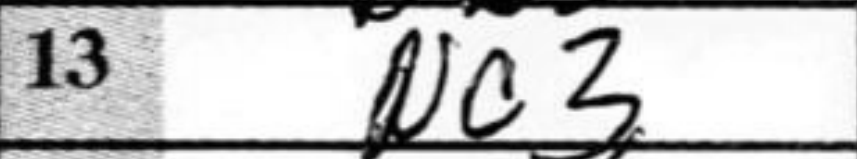
Transcription: Nc3